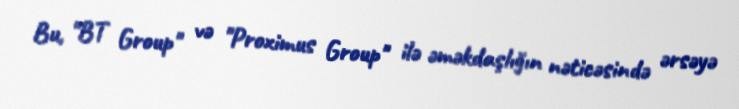
Bu, "BT Group" və "Proximus Group" ilə əməkdaşlığın nəticəsində ərsəyə